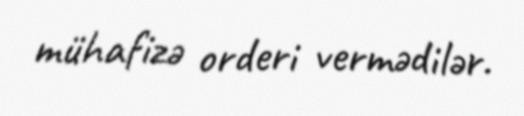
mühafizə orderi vermədilər.